Civil Veterinary Department. United Provinces 1923-31 - 1923-1931
Year: 1923
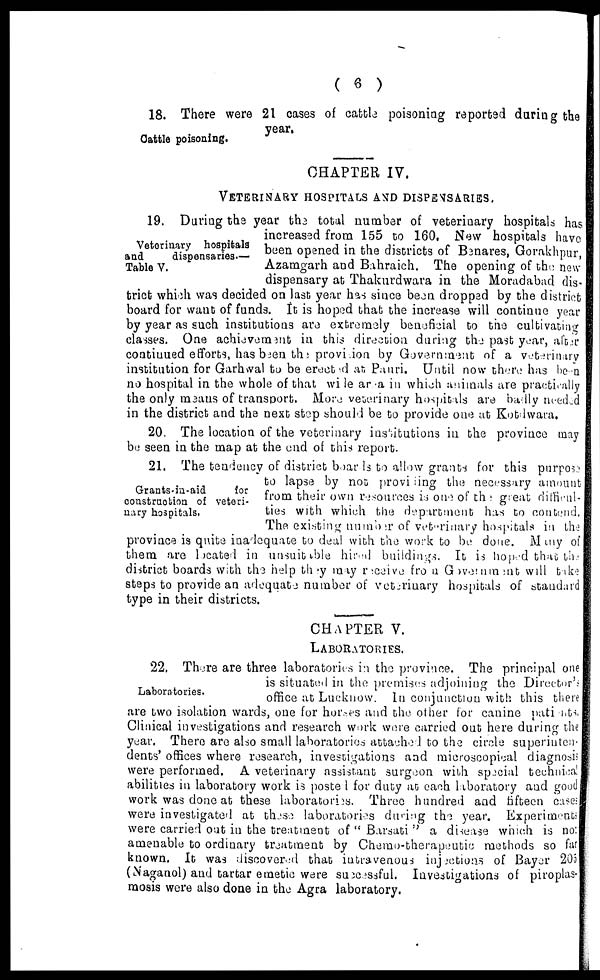
( 6 )
18. There were 21 cases of cattle poisoning reported during the
year.
Cattle poisoning.
CHAPTER IV.
VETERINARY HOSPITALS AND DISPENSARIES.
Veterinary hospitals
and
dispensaries.—
Table V.
19. During the year the total number of veterinary hospitals has
increased from 155 to 160, New hospitals have
been opened in the districts of Banares, Gorakhpur
Azamgarh and Bahraich. The opening of the new
dispensary at Thakurdwara in the Moradabad dig
trict which was decided on last year has since been dropped by the district
board for want of funds. It is hoped that the increase will continue year
by year as such institutions are extremely beneficial to the cultivating
classes. One achievement in this direction during the past year, after
continued efforts, has been the provision by Government of a veterinary
institution for Garhwal to be erected at Pauri. Until now there has been
no hospital in the whole of that wide area in which animals are practieally
the only means of transport. More veterinary hospitals are badly needed
in the district and the next step should be to provide one at Kotdwara.
20. The location of the veterinary institutions in the province may
be seen in the map at the end of this report.
Grants-in-aid
for
construction of veteri-
nary hospitals.
21. The tendency of district boards to allow grants for this purpose
to lapse by not provining the necessary amount
from their own resources is one of the great difficul-
ties with which the department has to contend,
The existing number of veterinary hospitals in the
province is quite inadequate to deal with the work to be done. Many of
them are located in unsuitable hired buildings. It is hoped that the
district boards with the help they may receive from Government will take
steps to provide an adequate number of veterinary hospitals of standard
type in their districts.
CHAPTER V.
LABORATORIES.
Laboratories.
22. There are three laboratories in the province. The principal one
is situated in the premises adjoining the Director's
office at Lucknow. In conjunction with this there
are two isolation wards, one for horses and the other for canine patinats,
Clinical investigations and research work were carried out here during the
year. There are also small laboratories attached to the circle superinten-
dents' offices where research, investigations and microscopical diagnosis
were performed. A veterinary assistant surgeon with special technical
abilities in laboratory work is posted for duty at each laboratory and good
work was done at these laboratories. Three hundred and fifteen case-
were investigated at these laboratories during the year. Experiments
were carried out in the treatment of "Barsati" a disease which is no:
amenable to ordinary treatment by Chemo-therapeutic methods so far
known. It was discovered that intravenous injections of Bayer 205
(Naganol) and tartar emetic were successful. Investigations of piroplas-
rnosis were also done in the Agra laboratory.